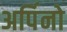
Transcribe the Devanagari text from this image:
अर्पिनो